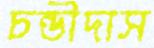
চন্ডীদাস